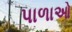
પાળાઓ